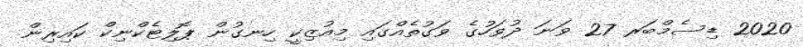
2020 ޑިސެމްބަރ 27 ވަނަ ދުވަހުގެ ވަގުތެއްގައި މިއުޒިކީ ހިނގުން ޕޮލިޓެކްނިކް ކައިރިން